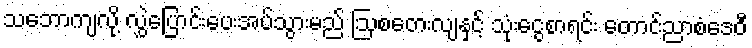
သဘောကျလို့ လွှဲပြောင်းပေးအပ်သွားမည် ဩစတေးလျနှင့် သုံးငွေစာရင်း တောင်ညာစံဒေဝီ